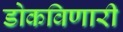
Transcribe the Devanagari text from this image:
डोकविणारी